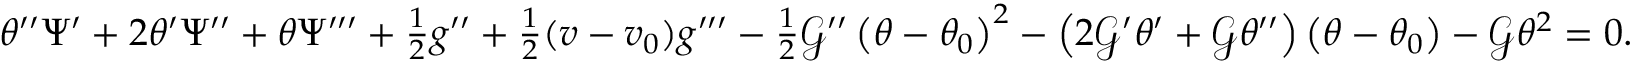
\begin{array} { r l } & { \theta ^ { \prime \prime } \Psi ^ { \prime } + 2 \theta ^ { \prime } \Psi ^ { \prime \prime } + \theta \Psi ^ { \prime \prime \prime } + \frac { 1 } { 2 } g ^ { \prime \prime } + \frac { 1 } { 2 } ( v - v _ { 0 } ) g ^ { \prime \prime \prime } - \frac { 1 } { 2 } \mathcal { G } ^ { \prime \prime } \left( \theta - \theta _ { 0 } \right) ^ { 2 } - \left( 2 \mathcal { G } ^ { \prime } \theta ^ { \prime } + \mathcal { G } \theta ^ { \prime \prime } \right) \left( \theta - \theta _ { 0 } \right) - \mathcal { G } \theta ^ { 2 } = 0 . } \end{array}